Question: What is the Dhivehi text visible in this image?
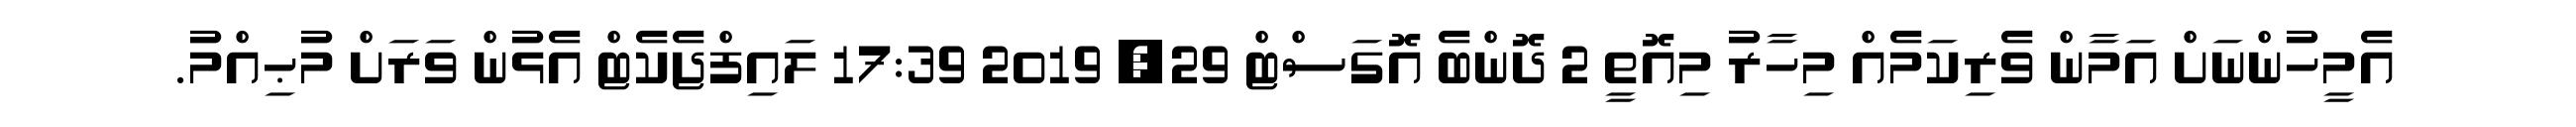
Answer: އެމީހުންނަށް އަމާން ވެރިކަމެއް މިހާރު މިއޮތީ 2 ދޮންބެ އޮގަސްޓް 29, 2019 17:39 ލައިފްޖެކެޓް އެޅުން ވަރަށް މުޙިއްމު.